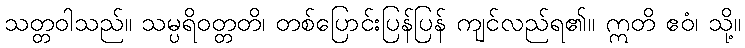
သတ္တဝါသည်။ သမ္ပရိဝတ္တတိ၊ တစ်ပြောင်းပြန်ပြန် ကျင်လည်ရ၏။ ဣတိ ဧဝံ၊ သို့။